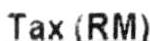
TAX (RM)